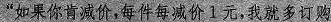
“如果你肯减价，每件每减价1元，我就多订购